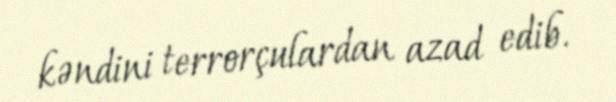
kəndini terrorçulardan azad edib.